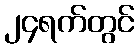
၂၄ရက်တွင်